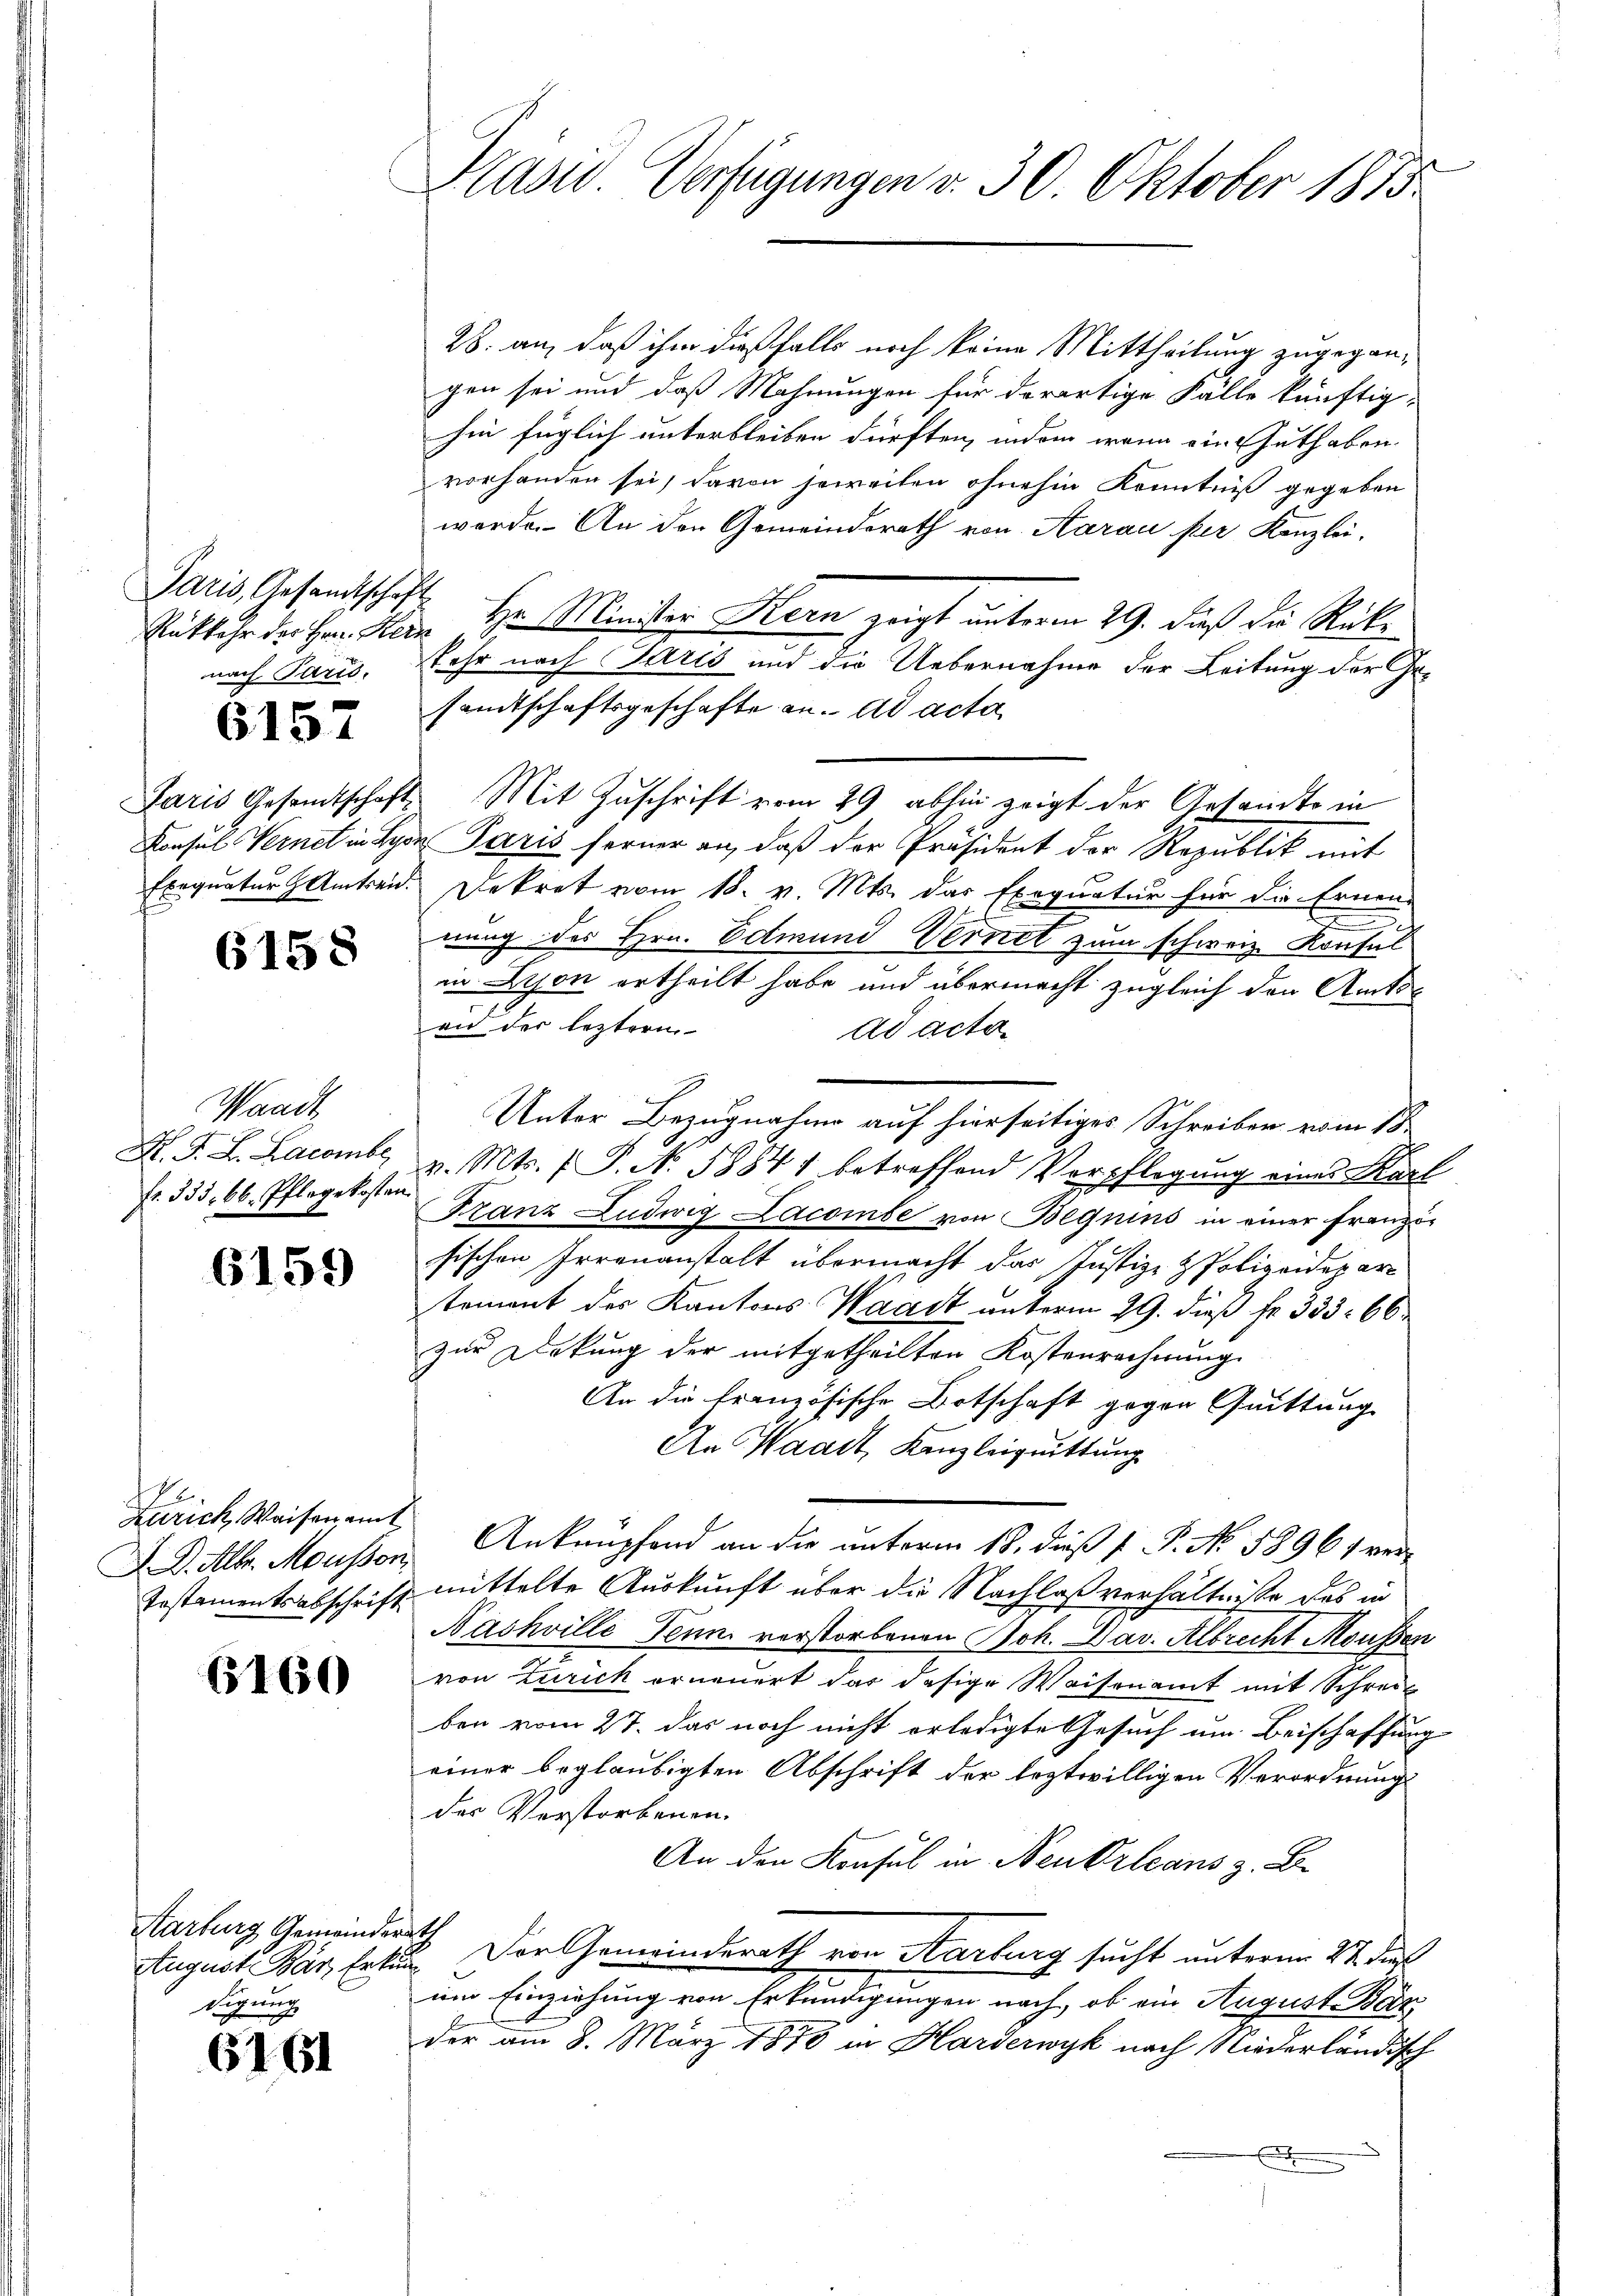
Paris, Gesandtschaft
nach Paris.

6157

6158

Waadt
H. F. L. Lacombe
fr. 335. 66. Pflegekosten

6159

Zürich, Waisenamt

6160

Karburg Gemeinderath
digung

6161

Präsid Verfügungen v. 30. Oktober 1875.

28. an, daß ihm dießfalls noch keine Mittheilung zugegangen sei und daß Mahnungen für derartige Fälle künftig
hin füglich unterbleiben dürften, indem wenn ein Guthaben.
vorhanden sei, davon jeweiten ohnehin Kenntniß gegeben
werde. An den Gemeindsrath von Aarau per Kanzlei-
Rükkehr des Hrn. Kein Hr. Minister Kern zeigt unterm 29. daß die Rückkehr nach Parts und die Uebernahme der Leitung der Gesamtschaftsgeschafte an. ad acta
Paris Gesandtschaft. Mit Zuschrift vom 29 abhin zeigt der Gesandte in
Consul Vernet in Lyon Paris ferner an, daß der Präsident der Republik mit
Exequatur Amtseid. Dekret vom 18. v. Mts. das Exequatur für die Ernen-
s
nung des Hrn. Edmund Vernet zum schweiz. Konsul
in Lyon ertheilt habe und übermacht zugleich den Amtsan der leztern
ad acta
Unter Bezugnahme auf hierseitiges Schreiben vom 18.
v. Mts. (T. N. 58841 betreffend Verpflegung eines Karl
Franz Ludwig Lacombe von Beguins in einer Franzisischen Irrenanstalt übermacht das Justiz- & Polizeidepartement des Kantons Waadt unterm 29. dieß fr. 333. 66
zur Deckung der mitgetheilten Kostenrechnung
An die französische Botschaft gegen Quittung
An Waadt, Kanzleiquittung
A. D. Mltr. Mousson Ankaupfend an die unterm 18. dieß P. P. No. 58961 ver-
Testamentsabschrift mittelte Auskunft über die Nachlaßverhältnisse des in
Nachwille Denn verstorbenen Joh. Dav. Albrecht Moussen
von Zürich erneuert das desige Waisenamt mit Schreit
ben vom 27. das noch nicht erledigte Gesuch um Beischaffung
einer beglaubigten Abschrift der leztwilligen Verordnung
des Verstorbenen.
An den Konsul in Neukrleans z. B.
August Bär, Erkung. Der Gemeinderath von Karburg sucht unterm 27. dir
um Einziehung von Erkundigungen nach, ob ein August. Bar
der am 8. März 1878 in Harderwyk nach Niederländisch
.